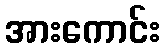
အားကောင်း